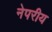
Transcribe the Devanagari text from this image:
नेपरीय